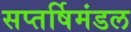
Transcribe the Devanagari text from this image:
सप्तर्षिमंडल